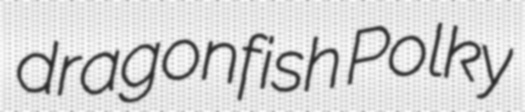
dragonfish Polky